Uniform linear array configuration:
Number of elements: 48
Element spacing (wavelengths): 0.5
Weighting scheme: hamming
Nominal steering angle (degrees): -45
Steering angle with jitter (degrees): -45.432
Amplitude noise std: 0.05
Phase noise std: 0.05

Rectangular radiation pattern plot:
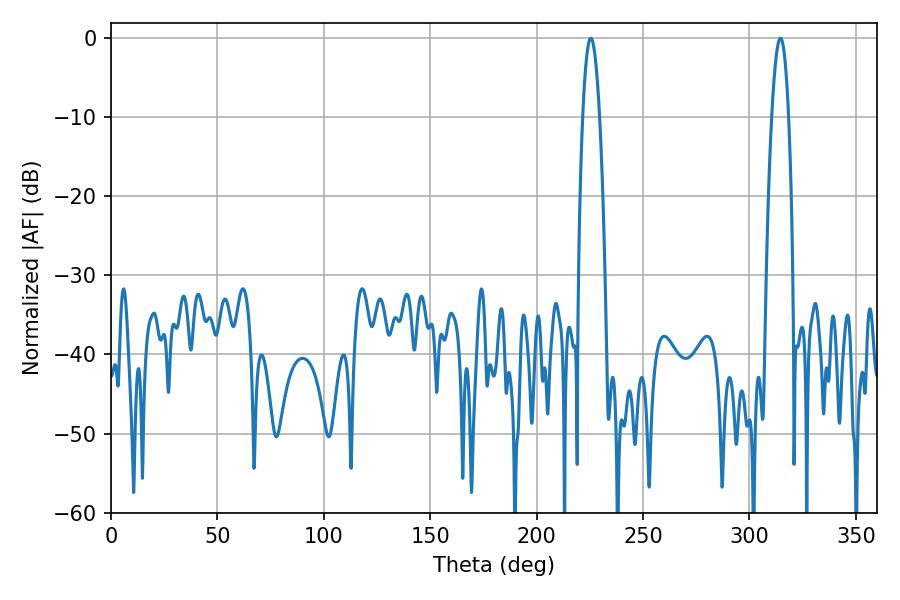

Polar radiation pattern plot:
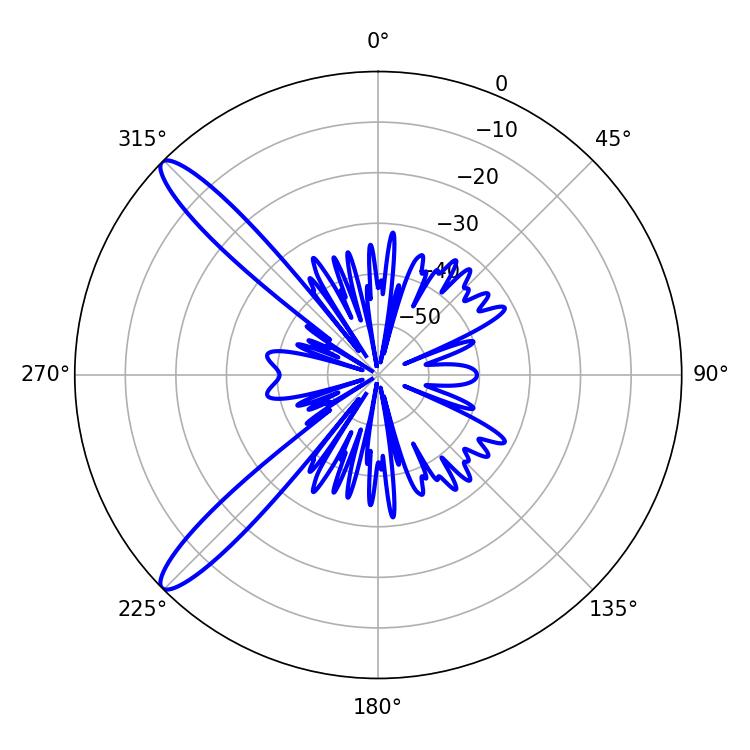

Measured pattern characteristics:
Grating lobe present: FALSE
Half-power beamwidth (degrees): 4.32
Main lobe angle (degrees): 225.36